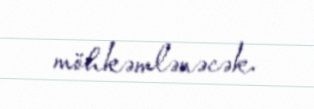
möhkəmlənəcək.